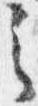
之